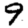
Digit: 9